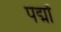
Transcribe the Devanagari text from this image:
पद्मों